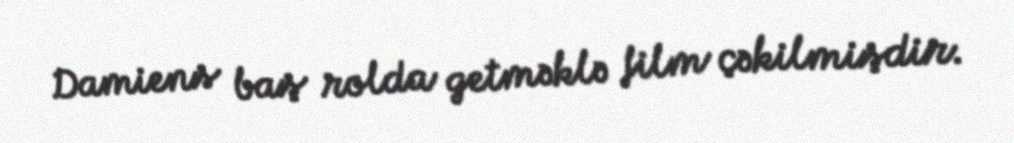
Damiens baş rolda getməklə film çəkilmişdir.